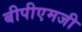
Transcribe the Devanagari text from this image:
बीपीएमजी